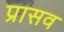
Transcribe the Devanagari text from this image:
प्रासव